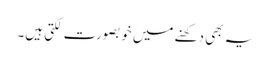
یہ بھی دکھنے میں خوبصورت لگتی ہیں۔